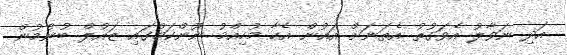
އަދި ނަވާލު އެވަގުތު އެތަނަށް އައުން އެހާ މުހިއްމު ނޫންކަމުގައި ޒައުލް ބުނުމުން